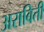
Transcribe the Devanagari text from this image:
अराविती